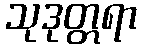
သုဒုတ္တရာ